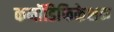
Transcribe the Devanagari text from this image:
कमॉडिफिकेशन